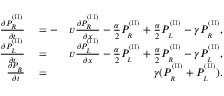
\begin{array} { r l r } { \frac { \partial P _ { _ R } ^ { ^ { ( \mathrm { I I } ) } } } { \partial t } } & { { } = - } & { v \frac { \partial P _ { _ R } ^ { ^ { ( \mathrm { I I } ) } } } { \partial x } - \frac { \alpha } { 2 } P _ { _ R } ^ { ^ { ( \mathrm { I I } ) } } + \frac { \alpha } { 2 } P _ { _ L } ^ { ^ { ( \mathrm { I I } ) } } - \gamma P _ { _ R } ^ { ^ { ( \mathrm { I I } ) } } , } \\ { \frac { \partial P _ { _ L } ^ { ^ { ( \mathrm { I I } ) } } } { \partial t } } & { { } = } & { v \frac { \partial P _ { _ L } ^ { ^ { ( \mathrm { I I } ) } } } { \partial x } - \frac { \alpha } { 2 } P _ { _ L } ^ { ^ { ( \mathrm { I I } ) } } + \frac { \alpha } { 2 } P _ { _ R } ^ { ^ { ( \mathrm { I I } ) } } - \gamma P _ { _ L } ^ { ^ { ( \mathrm { I I } ) } } , } \\ { \frac { \partial P _ { _ B } } { \partial t } } & { { } = } & { \gamma ( P _ { _ R } ^ { ^ { ( \mathrm { I I } ) } } + P _ { _ L } ^ { ^ { ( \mathrm { I I } ) } } ) . } \end{array}